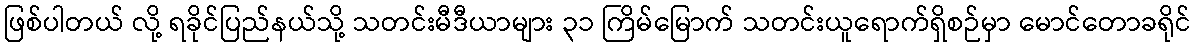
ဖြစ်ပါတယ် လို့ ရခိုင်ပြည်နယ်သို့ သတင်းမီဒီယာများ ၃၁ ကြိမ်မြောက် သတင်းယူရောက်ရှိစဉ်မှာ မောင်တောခရိုင်